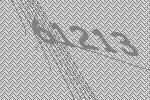
61213